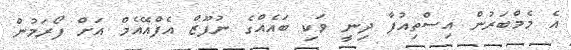
އެ މެމްބަރުން އިސްތިއުފާ ދިނީ ވަކި ބައެއްގެ ނުފޫޒް އެފްއޭއެމް އަށް ފޯރަމުން